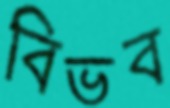
বিভব